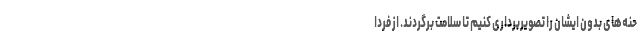
حنه‌های بدون ایشان را تصویربرداری کنیم تا سلامت برگردند. از فردا